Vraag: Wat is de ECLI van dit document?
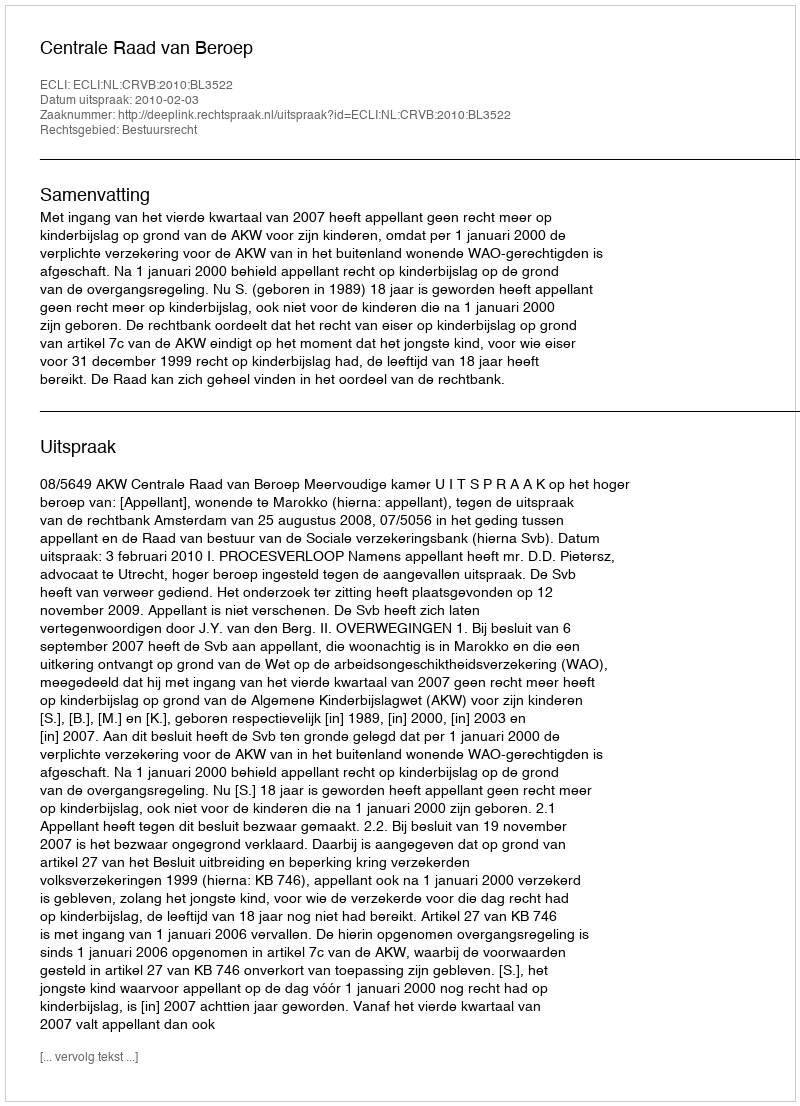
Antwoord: ECLI:NL:CRVB:2010:BL3522